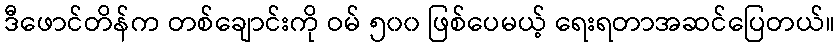
ဒီဖောင်တိန်က တစ်ချောင်းကို ဝမ် ၅၀၀ ဖြစ်ပေမယ့် ရေးရတာအဆင်ပြေတယ်။